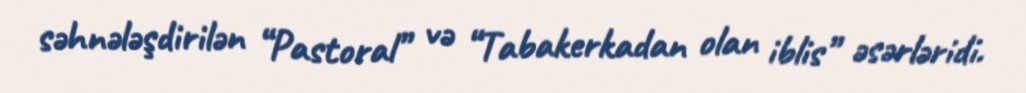
səhnələşdirilən “Pastoral” və “Tabakerkadan olan iblis” əsərləridi.